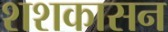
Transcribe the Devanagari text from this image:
शशकासन